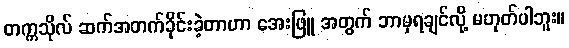
တက္ကသိုလ် ဆက်အတက်ခိုင်းခဲ့တာဟာ အေးဖြူ အတွက် ဘာမှရချင်လို့ မဟုတ်ပါဘူး။